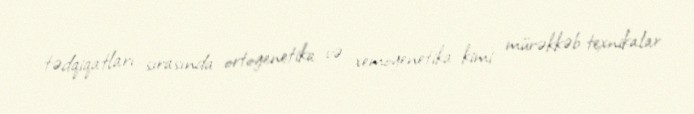
tədqiqatları sırasında ortogenetika və xemogenetika kimi mürəkkəb texnikalar